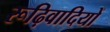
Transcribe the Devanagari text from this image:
रूढ़िवादियों